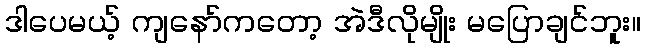
ဒါပေမယ့် ကျနော်ကတော့ အဲဒီလိုမျိုး မပြောချင်ဘူး။